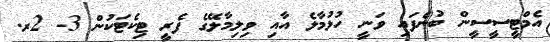
އެމްޓީސީސީން ބުނެފައި ވަނީ ހުޅުމާލެ އާއި ވިލިމާލޭގެ ފެރީ ޓިކެޓަކުން 3- 2ރ.